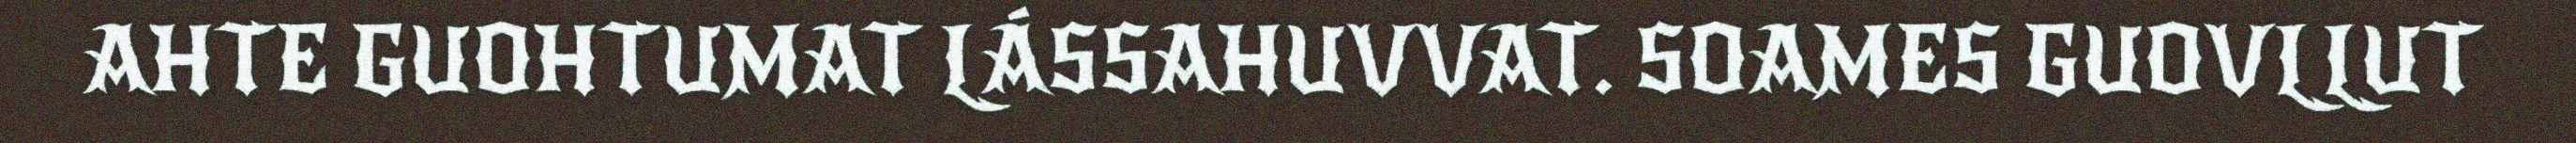
AHTE GUOHTUMAT LÁSSAHUVVAT. SOAMES GUOVLLUT